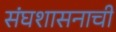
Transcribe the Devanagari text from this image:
संघशासनाची